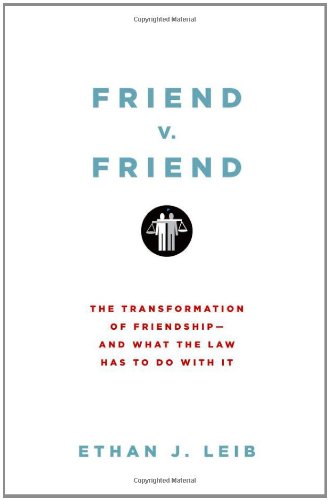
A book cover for Friend v. Friend: The Transformation of Friendship--and What the Law Has to Do with It; Ethan J. Leib; Law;